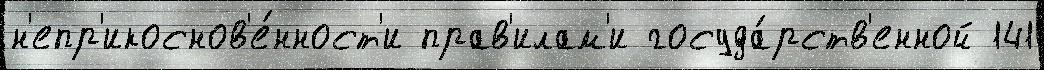
н'епр'икоснов'е́нност'и прав'илам'и госуда́рств'енной 141